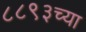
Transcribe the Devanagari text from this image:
८८९३च्या